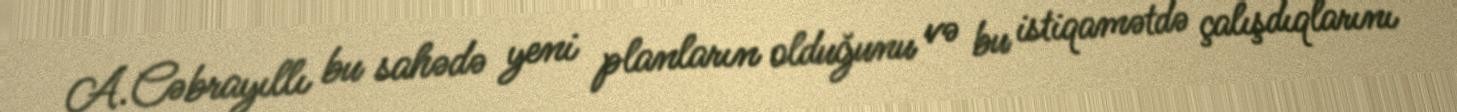
A.Cəbrayıllı bu sahədə yeni planların olduğunu və bu istiqamətdə çalışdıqlarını